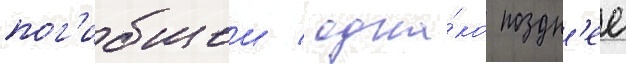
пог'ибшеи / одна́ко поздн'ее